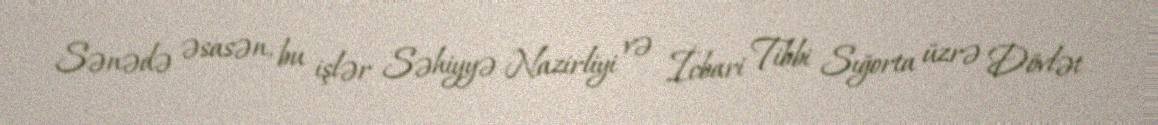
Sənədə əsasən, bu işlər Səhiyyə Nazirliyi və İcbari Tibbi Sığorta üzrə Dövlət